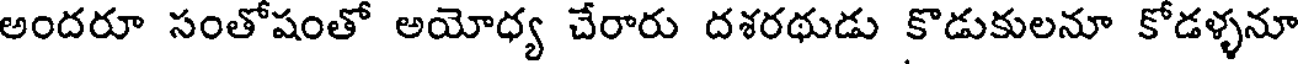
అందరూ సంతోషంతో అయోధ్య చేరారు దశరథుడు కొడుకులనూ కోడళ్ళనూ